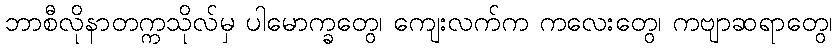
ဘာစီလိုနာတက္ကသိုလ်မှ ပါမောက္ခတွေ၊ ကျေးလက်က ကလေးတွေ၊ ကဗျာဆရာတွေ၊